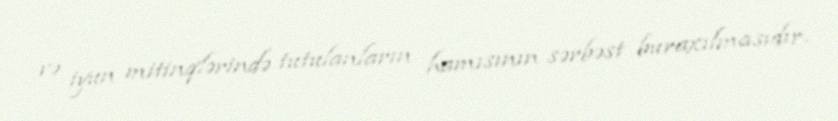
və iyun mitinqlərində tutulanların hamısının sərbəst buraxılmasıdır.